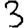
Digit: 3